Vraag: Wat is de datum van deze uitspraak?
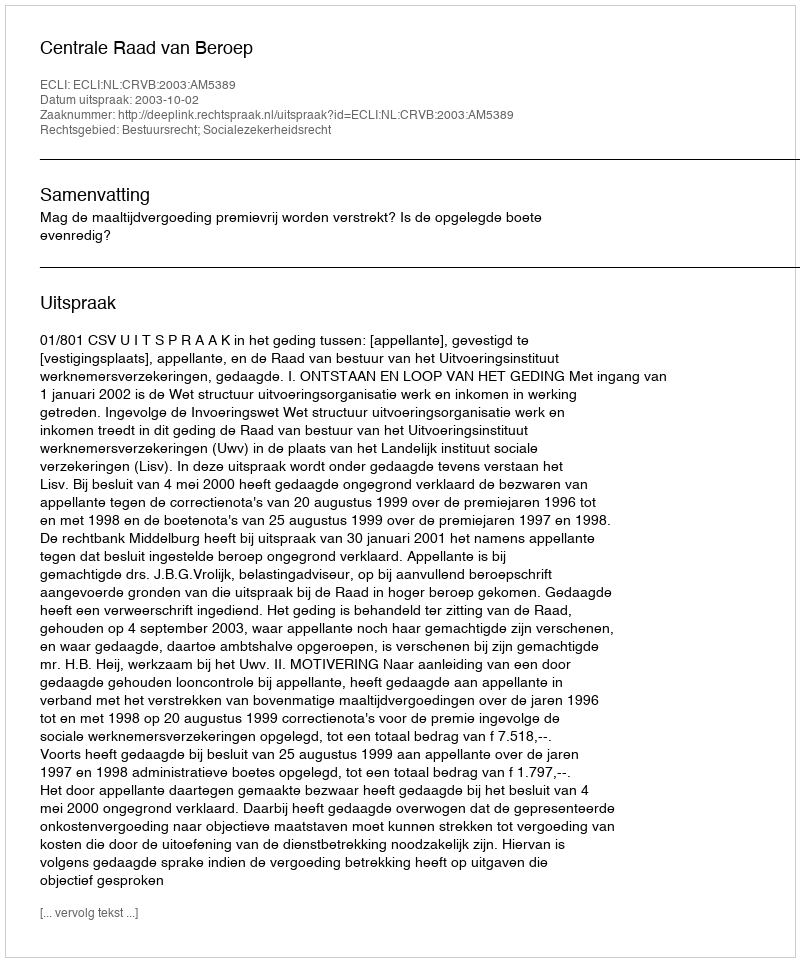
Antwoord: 2003-10-02